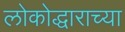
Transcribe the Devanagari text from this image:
लोकोद्धाराच्या